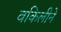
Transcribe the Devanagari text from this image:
वकिलीने